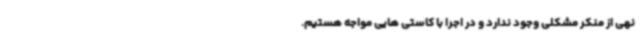
نهی از منکر مشکلی وجود ندارد و در اجرا با کاستی هایی مواجه هستیم.